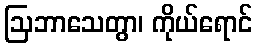
ဩဘာသေတွာ၊ ကိုယ်ရောင်